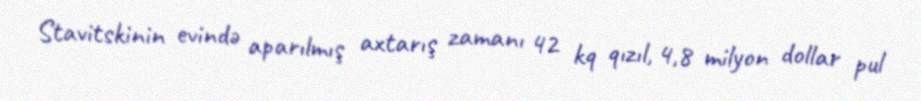
Stavitskinin evində aparılmış axtarış zamanı 42 kq qızıl, 4,8 milyon dollar pul